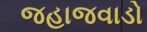
જહાજવાડો